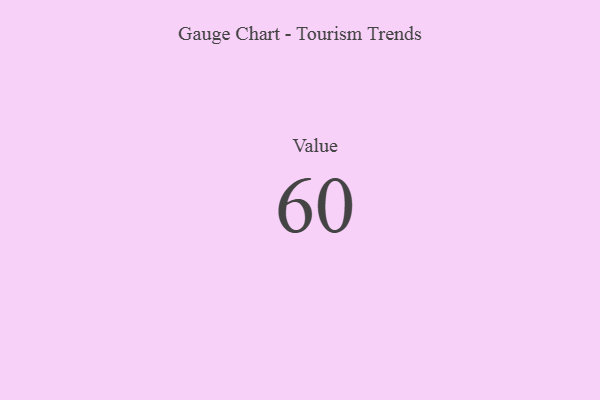
{"axis": {"x": "Metric", "y": "Value"}, "legend": [""], "data": [{"x": "Value", "y": 60, "type": ""}]}